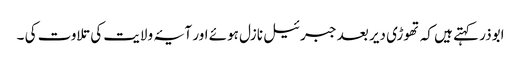
ابوذر کہتے ہیں کہ تھوڑی دیر بعد جبرئیل نازل ہوئے اور آیۂ ولایت کی تلاوت کی ۔